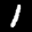
Label: 1